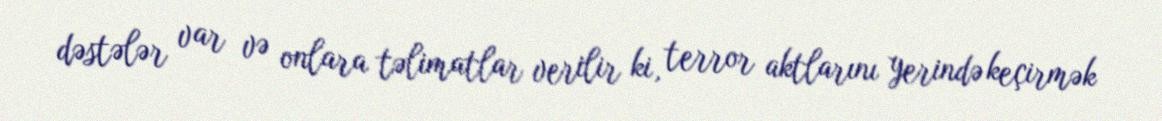
dəstələr var və onlara təlimatlar verilir ki, terror aktlarını yerində keçirmək